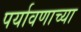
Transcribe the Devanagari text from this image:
पर्यावणाच्या